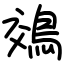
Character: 鵁